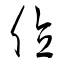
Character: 値